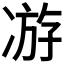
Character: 𭂗